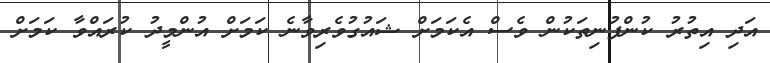
އަދި އިތުރު ކުންފުނިތަކުން ވެސް އެކަމަށް ޝައުގުވެރިވާނެ ކަމަށް އުންމީދު ކުރައްވާ ކަމަށް